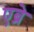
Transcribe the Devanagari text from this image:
एब्रे